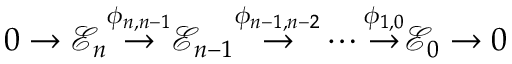
0 \to { \mathcal { E } } _ { n } { \overset { \phi _ { n , n - 1 } } { \rightarrow } } { \mathcal { E } } _ { n - 1 } { \overset { \phi _ { n - 1 , n - 2 } } { \rightarrow } } \cdots { \overset { \phi _ { 1 , 0 } } { \rightarrow } } { \mathcal { E } } _ { 0 } \to 0